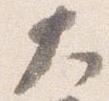
大